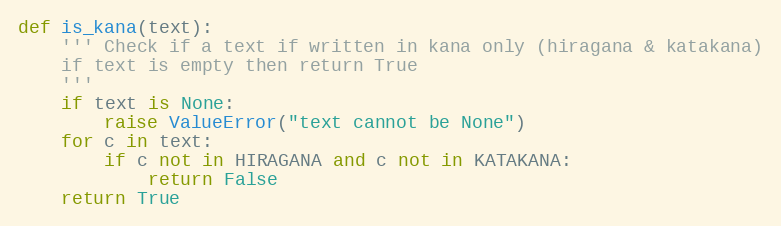
Language: Python
def is_kana(text):
    ''' Check if a text if written in kana only (hiragana & katakana)
    if text is empty then return True
    '''
    if text is None:
        raise ValueError("text cannot be None")
    for c in text:
        if c not in HIRAGANA and c not in KATAKANA:
            return False
    return True